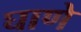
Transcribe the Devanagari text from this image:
घाणे